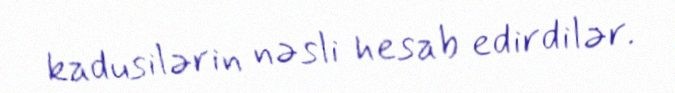
kadusilərin nəsli hesab edirdilər.